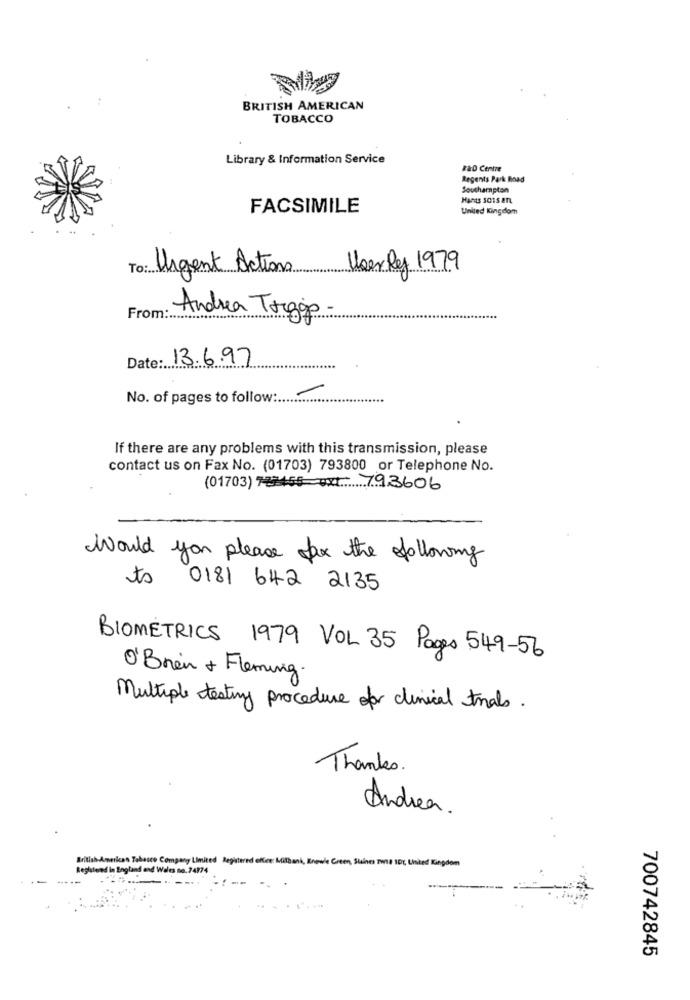
BRITISH AMERICAN
TOBACCO
Library & Information Service
R&D Centre
Regents Park Road
Southampton
Hants sois ant
FACSIMILE
United Kingdom
To: Urgent Actions
Weerly 1979
From:
Andrea Togop.
Date: 13.6.97
No. of pages to follow :.
If there are any problems with this transmission, please
contact us on Fax No. (01703) 793800 or Telephone No.
(01703) 72455-ex: 793606
Would you please fax the following
to 0181 642 2135
BIOMETRICS 1979 VOL 35 Pages 549-56
O'Bnen + Fleming.
Multiple testing procedure for clinical tnals.
Thanks
Andrea.
British American Tobacco Company Limited Registered office: Milbank, Knows Creen, Suines Twil 10℃, United Kingdom
Reghtend in England and Wales no. 74974
700742845